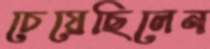
চেয়েছিলেন